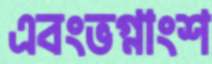
এবংভগ্নাংশ